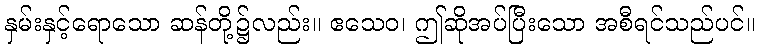
နှမ်းနှင့်ရောသော ဆန်တို့၌လည်း။ ဧသေဝ၊ ဤဆိုအပ်ပြီးသော အစီရင်သည်ပင်။